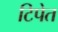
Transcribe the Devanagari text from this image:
टिपेत